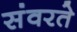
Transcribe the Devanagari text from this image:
संवरते